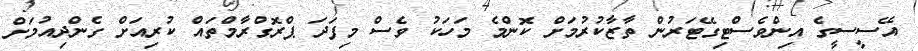
އޭސީސީގެ އިންވެސްޓިގޭޓަރުން ތާޒާކުރުމަށް ކޮންމެ މަހަކު ވެސް މިފަދަ ޕްރޮގްރާމްތައް ކުރިއަށް ގެންދިއުމަށް